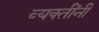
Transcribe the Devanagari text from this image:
व्‍यक्‍तींनी